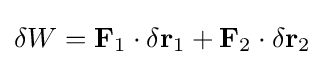
\delta W=\mathbf {F} _{1}\cdot \delta \mathbf {r} _{1}+\mathbf {F} _{2}\cdot \delta \mathbf {r} _{2}